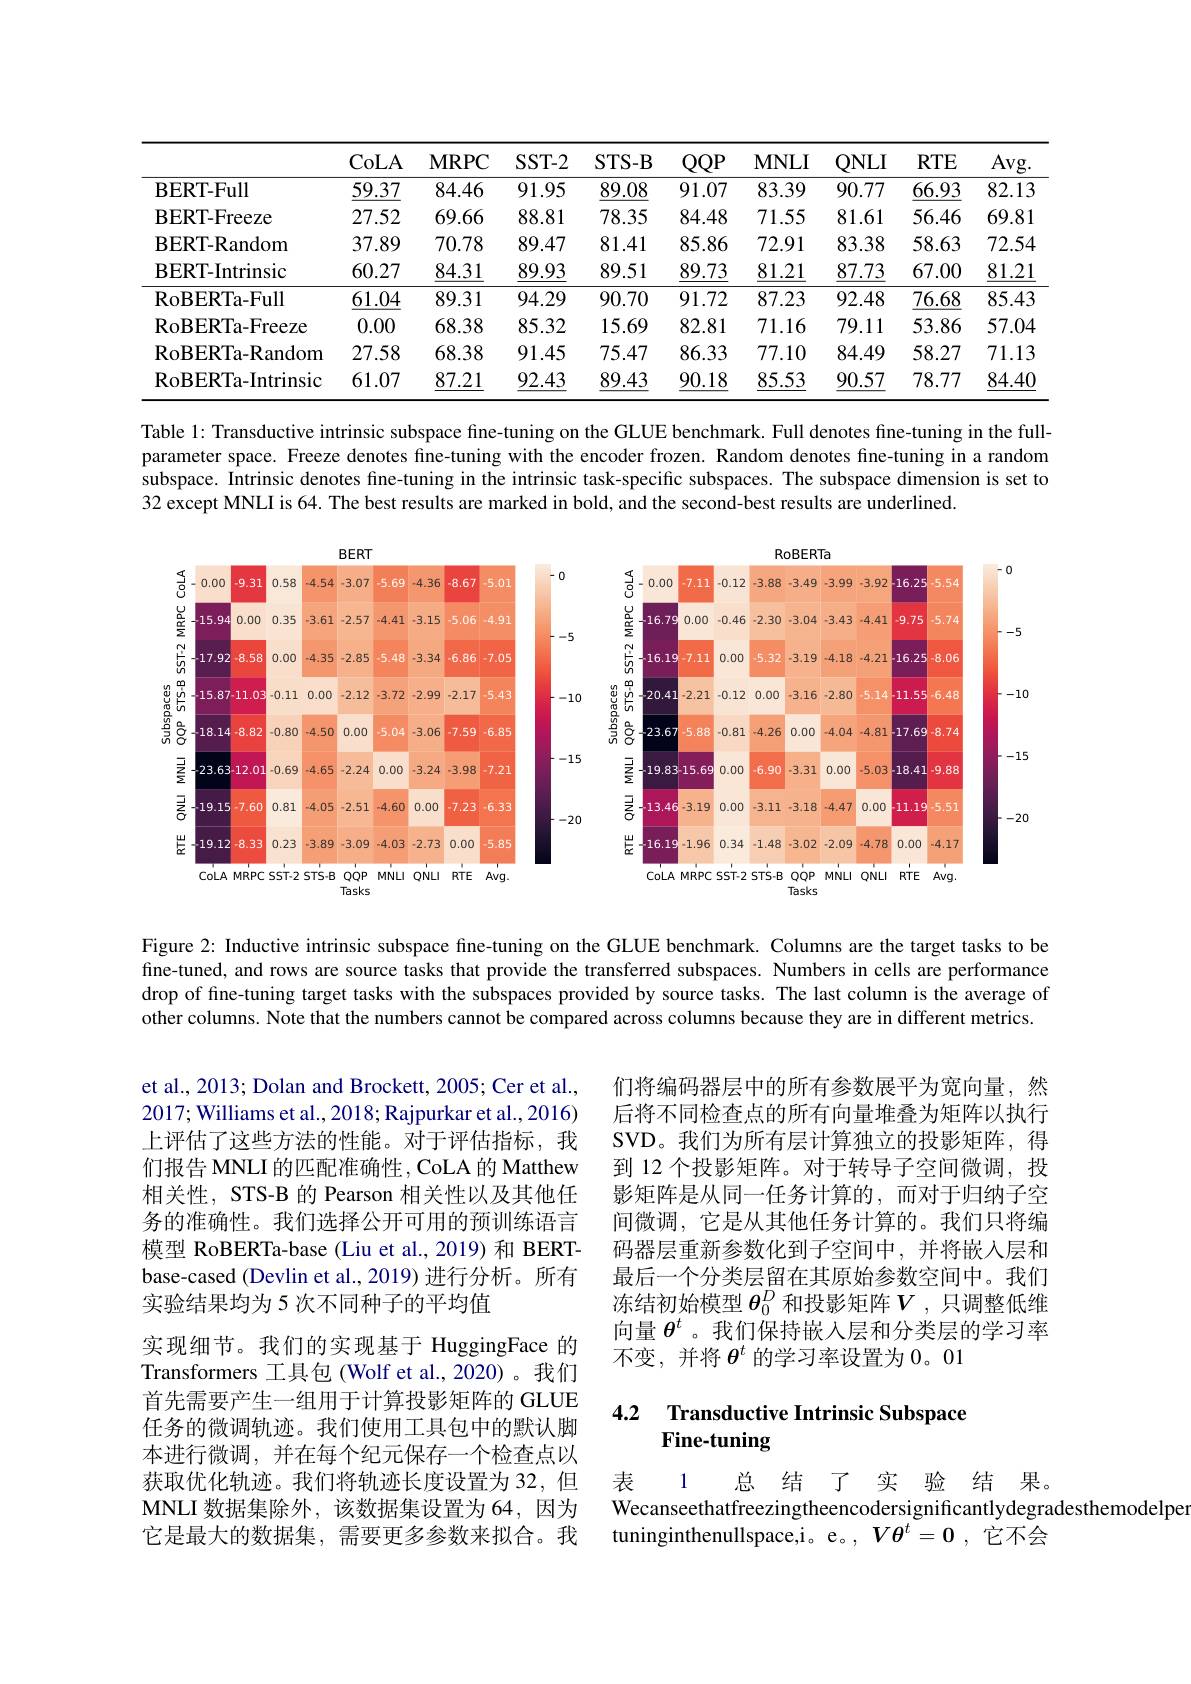
<table>
	<tbody>
		<tr>
			<th> </th>
			<th>CoLA</th>
			<th>$\mathbf{MRPC}$</th>
			<th>$SST-2$</th>
			<th>STS- B</th>
			<th>$QQP$</th>
			<th>$\mathbf{MNLI}$</th>
			<th>$QNLI$</th>
			<th>$RTE$</th>
			<th>Avg. </th>
		</tr>
		<tr>
			<td>$\mathbf{BERT-Full}$</td>
			<td>$\underline{59.37}$</td>
			<td>84.46</td>
			<td>91.95</td>
			<td>$\underline{89.08}$</td>
			<td>91.07</td>
			<td>83.39</td>
			<td>90.77</td>
			<td>66.93</td>
			<td>82.13</td>
		</tr>
		<tr>
			<td>BERT- Freeze</td>
			<td>27.52</td>
			<td>69.66</td>
			<td>88.81</td>
			<td>78.35</td>
			<td>84.48</td>
			<td>71.55</td>
			<td>81.61</td>
			<td>56.46</td>
			<td>69.81</td>
		</tr>
		<tr>
			<td>BERT- Random</td>
			<td>37.89</td>
			<td>70.78</td>
			<td>89.47</td>
			<td>81.41</td>
			<td>85.86</td>
			<td>72.91</td>
			<td>83.38</td>
			<td>58.63</td>
			<td>72.54</td>
		</tr>
		<tr>
			<td>BERT- Intrinsic</td>
			<td>60.27</td>
			<td>84.31</td>
			<td>89.93</td>
			<td>89.51</td>
			<td>89.73</td>
			<td>81.21</td>
			<td>87.73</td>
			<td>67.00</td>
			<td>81.21</td>
		</tr>
		<tr>
			<td>RoBERTa- Full</td>
			<td>$\underline{61.04}$</td>
			<td>89.31</td>
			<td>94.29</td>
			<td>90.70</td>
			<td>91.72</td>
			<td>87.23</td>
			<td>92.48</td>
			<td>$\underline{76.68}$</td>
			<td>85.43</td>
		</tr>
		<tr>
			<td>RoBERTa- Freeze</td>
			<td>0.00</td>
			<td>68.38</td>
			<td>85.32</td>
			<td>15.69</td>
			<td>82.81</td>
			<td>71.16</td>
			<td>79.11</td>
			<td>53.86</td>
			<td>57.04</td>
		</tr>
		<tr>
			<td>RoBERTa- Random</td>
			<td>27.58</td>
			<td>68.38</td>
			<td>91.45</td>
			<td>75.47</td>
			<td>86.33</td>
			<td>77.10</td>
			<td>84.49</td>
			<td>58.27</td>
			<td>71.13</td>
		</tr>
		<tr>
			<td>RoBERTa- Intrinsic</td>
			<td>61.07</td>
			<td>87.21</td>
			<td>92.43</td>
			<td>89.43</td>
			<td>90.18</td>
			<td>85.53</td>
			<td>90.57</td>
			<td>78.77</td>
			<td>84.40</td>
		</tr>
	</tbody>
</table>

Table 1: Transductive intrinsic subspace fine-tuning on the GLUE benchmark. Full denotes fine-tuning in the fullparameter space. Freeze denotes fine-tuning with the encoder frozen. Random denotes fine-tuning in a random subspace. Intrinsic denotes fine-tuning in the intrinsic task-specific subspaces. The subspace dimension is set to 32 except MNLI is 64. The best results are marked in bold, and the second-best results are underlined.

<FigureHere>

Figure 2: Inductive intrinsic subspace fine-tuning on the GLUE benchmark. Columns are the target tasks to be fine-tuned, and rows are source tasks that provide the transferred subspaces. Numbers in cells are performance drop of fine-tuning target tasks with the subspaces provided by source tasks. The last column is the average of other columns. Note that the numbers cannot be compared across columns because they are in different metrics.

们将编码器层中的所有参数展平为宽向量，然后将不同检查点的所有向量堆叠为矩阵以执行SVD。我们为所有层计算独立的投影矩阵，得到 12 个投影矩阵。对于转导子空间微调，投影矩阵是从同一任务计算的，而对于归纳子空间微调，它是从其他任务计算的。我们只将编码器层重新参数化到子空间中，并将嵌人层和最后一个分类层留在其原始参数空间中。我们冻结初始模型 $\boldsymbol{\theta}_0^D$ 和投影矩阵$\boldsymbol{V}$ ,只调整低维向量$\theta^t$ 。我们保持嵌入层和分类层的学习率不变，并将$\theta^t$的学习率设置为 0。01

et al., 2013; Dolan and Brockett, 2005; Cer et al., 2017; Williams et al., 2018; Rajpurkar et al., 2016) 上评估了这些方法的性能。对于评估指标，我们报告 MNLI 的匹配准确性，CoLA 的 Matthew 相关性，STS-B 的 Pearson 相关性以及其他任务的准确性。我们选择公开可用的预训练语言模型 RoBERTa-base (Liu et al., 2019) 和 BERTbase-cased (Devlin et al.,2019)进行分析。所有实验结果均为 5 次不同种子的平均值
实现细节。我们的实现基于 HuggingFace 的Transformers 工具包 (Wolf et al.,2020)。我们首先需要产生一组用于计算投影矩阵的 GLUE 任务的微调轨迹。我们使用工具包中的默认脚本进行微调，并在每个纪元保存一个检查点以获取优化轨迹。我们将轨迹长度设置为 32,但MNLI 数据集除外，该数据集设置为 64,因为它是最大的数据集，需要更多参数来拟合。我

### 4.2 Transductive Intrinsic Subspace Fine-tuning

表 1 总 结 了 实 验 结果。
Wecanseethatfreezingtheencodersignificantlydegradesthemodelpe
tuninginthenullspace,i。e。, $V\theta^t=0$ ,它不会